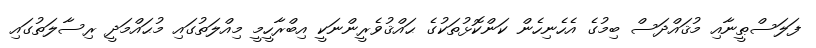
ފަލަސްޠީނާއި މުޤައްދަސް ބިމުގެ އެހެނިހެން ކަންކޮޅުތަކުގެ ޙައްޤުވެރީންނަކީ އިބްރާހީމީ މިއްލަތުގައި މުޙައްމަދީ ރިސާލަތުގައި